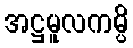
အဋ္ဌမူလကမ္ပိ